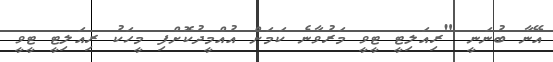
އޭނާ ބުނަނީ "ރިއަލިޓީ ޓީވީ މަރުވާނެ ކަމަށް އުއްމީދުކޮށްފި މީހަކު ރިއަލިޓީ ޓީވީ